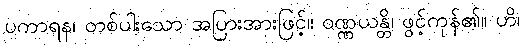
ပကာရန၊ တစ်ပါးသော အပြားအားဖြင့်။ ဝဏ္ဏယန္တိ၊ ဖွင့်ကုန်၏။ ဟိ၊